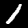
Label: 1